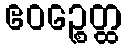
ဧဝဉ္စေတ္ထ